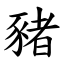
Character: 豬